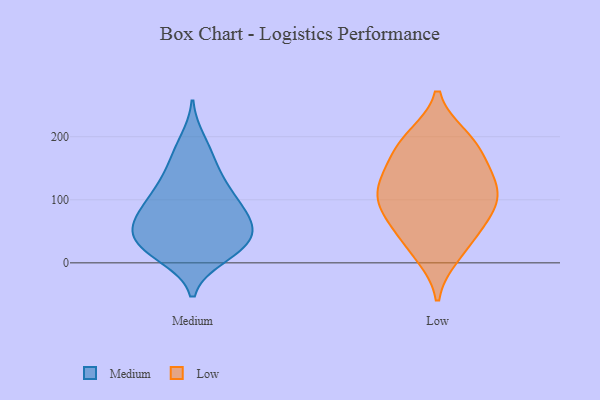
{"axis": {"x": "Gross Profit (USD K)", "y": "Value"}, "legend": ["Low", "Medium"], "data": [{"x": "", "y": 28, "type": "Medium"}, {"x": "", "y": 44, "type": "Medium"}, {"x": "", "y": 121, "type": "Medium"}, {"x": "", "y": 10, "type": "Medium"}, {"x": "", "y": 24, "type": "Medium"}, {"x": "", "y": 94, "type": "Medium"}, {"x": "", "y": 53, "type": "Medium"}, {"x": "", "y": 154, "type": "Medium"}, {"x": "", "y": 79, "type": "Medium"}, {"x": "", "y": 28, "type": "Medium"}, {"x": "", "y": 71, "type": "Medium"}, {"x": "", "y": 169, "type": "Medium"}, {"x": "", "y": 77, "type": "Medium"}, {"x": "", "y": 112, "type": "Medium"}, {"x": "", "y": 13, "type": "Medium"}, {"x": "", "y": 61, "type": "Medium"}, {"x": "", "y": 47, "type": "Medium"}, {"x": "", "y": 194, "type": "Medium"}, {"x": "", "y": 119, "type": "Medium"}, {"x": "", "y": 120, "type": "Low"}, {"x": "", "y": 128, "type": "Low"}, {"x": "", "y": 81, "type": "Low"}, {"x": "", "y": 95, "type": "Low"}, {"x": "", "y": 199, "type": "Low"}, {"x": "", "y": 193, "type": "Low"}, {"x": "", "y": 57, "type": "Low"}, {"x": "", "y": 163, "type": "Low"}, {"x": "", "y": 13, "type": "Low"}, {"x": "", "y": 98, "type": "Low"}, {"x": "", "y": 145, "type": "Low"}, {"x": "", "y": 63, "type": "Low"}, {"x": "", "y": 189, "type": "Low"}, {"x": "", "y": 24, "type": "Low"}, {"x": "", "y": 117, "type": "Low"}]}